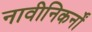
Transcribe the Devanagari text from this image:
नावीनिकर्नों